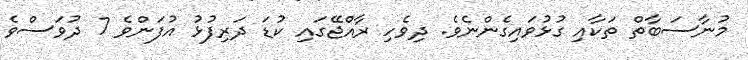
މުނާސަބާތް ތަކާއި ގުޅުވައިގެންނެވެ. ދިވެހި ރާއްޖޭގައި ކުޑަ ދަރިފުޅު އުފަންވެ 7 ދުވަސްވެ